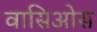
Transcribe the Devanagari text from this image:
वासिओस